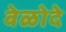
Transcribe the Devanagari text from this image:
वेळोदे